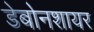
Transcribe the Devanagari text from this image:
डेबोनशायर